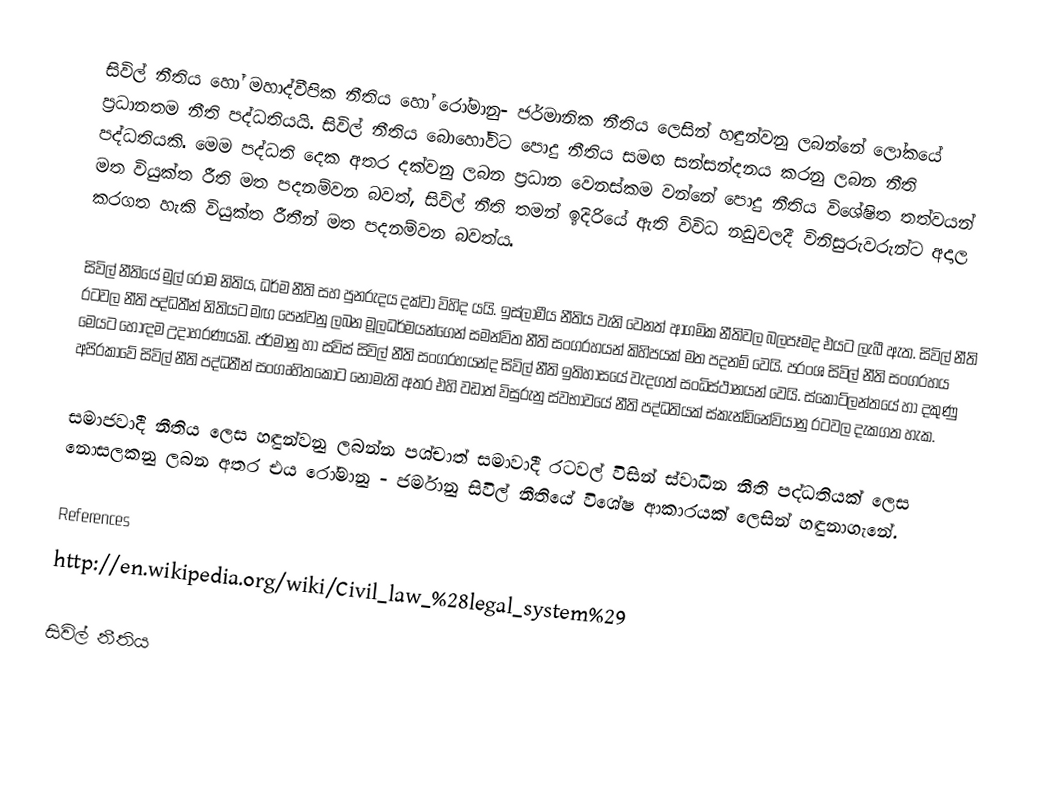
සිවිල් නීතිය හෝ මහාද්වීපික නීතිය හෝ රෝමානු- ජර්මානික නීතිය ලෙසින් හඳුන්වනු ලබන්නේ ලෝකයේ ප‍්‍රධානතම නීති පද්ධතියයි. සිවිල් නීතිය බොහෝවිට පොදු නීතිය සමඟ සන්සන්දනය කරනු ලබන නීති පද්ධතියකි. මෙම පද්ධති දෙක අතර දක්වනු ලබන ප‍්‍රධාන වෙනස්කම වන්නේ පොදු නීතිය විශේෂිත තත්වයන් මත වියුක්ත රීති මත පදනම්වන බවත්, සිවිල් නීති තමන් ඉදිරියේ ඇති විවිධ නඩුවලදී විනිසුරුවරුන්ට අදාල කරගත හැකි වියුක්ත රීතීන් මත පදනම්වන බවත්ය.

සිවිල් නීතියේ මුල් රෝම නිතිය, ධර්ම නීති සහ පුනරුදය දක්වා විහිද යයි. ඉස්ලාමීය නීතිය වැනි වෙනත් ආගමික නීතිවල බලපෑමද එයට ලැබී ඇත. සිවිල් නීති රටවල නීති පද්ධතීන් නිතියට මඟ පෙන්වනු ලබන මූලධර්මයන්ගෙන් සමන්විත නීති සංග‍්‍රහයන් කිහිපයක් මත පදනම් වෙයි. ප‍්‍රංශ සිවිල් නීති සංග‍්‍රහය මෙයට හොඳම උදාහරණයකි. ජර්මානු හා ස්විස් සිවිල් නීති සංග‍්‍රහයන්ද සිවිල් නීති ඉතිහාසයේ වැදගත් සංධිස්ථානයන් වෙයි. ස්කොට්ලන්තයේ හා දකුණු අපි‍්‍රකාවේ සිවිල් නීති පද්ධතීන් සංගෘහිතකොට නොමැති අතර එහි වඩාත් විසුරුනු ස්වභාවයේ නීති පද්ධතියක් ස්කැන්ඩිනේවියානු රටවල දැකගත හැක.

සමාජවාදී නීතිය ලෙස හඳුන්වනු ලබන්න පශ්චාත් සමාවාදී රටවල් විසින් ස්වාධීන නීති පද්ධතියක් ලෙස නොසලකනු ලබන අතර එය රෝමානු - ජර්මානු සිවිල් නීතියේ විශේෂ ආකාරයක් ලෙසින් හඳුනාගැනේ.

References
http://en.wikipedia.org/wiki/Civil_law_%28legal_system%29

 සිවිල් නීතිය